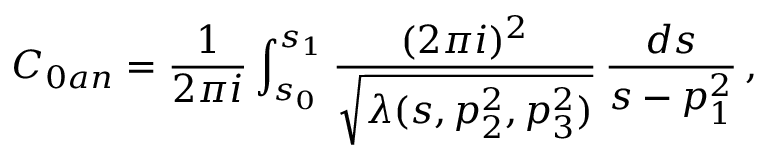
C _ { 0 a n } = \frac { 1 } { 2 \pi i } \int _ { s _ { 0 } } ^ { s _ { 1 } } \frac { ( 2 \pi i ) ^ { 2 } } { \sqrt { \lambda ( s , p _ { 2 } ^ { 2 } , p _ { 3 } ^ { 2 } ) } } \, \frac { d s } { s - p _ { 1 } ^ { 2 } } \, ,